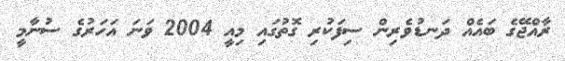
ރާއްޖޭގެ ބައެއް ދަނޑުވެރިން ސިފަކުރި ގޮތުގައި މިއީ 2004 ވަނަ އަހަރުގެ ސުނާމީ